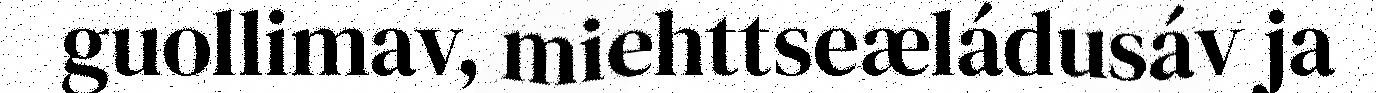
guollimav, miehttseæládusáv ja